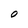
Character: O